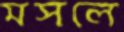
মসলে